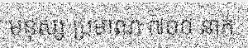
មនុស្ស ប្រមាណ ៧០០ នាក់